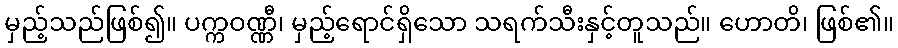
မှည့်သည်ဖြစ်၍။ ပက္ကဝဏ္ဏီ၊ မှည့်ရောင်ရှိသော သရက်သီးနှင့်တူသည်။ ဟောတိ၊ ဖြစ်၏။